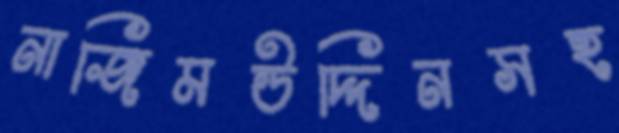
নাজিমউদ্দিনসহ